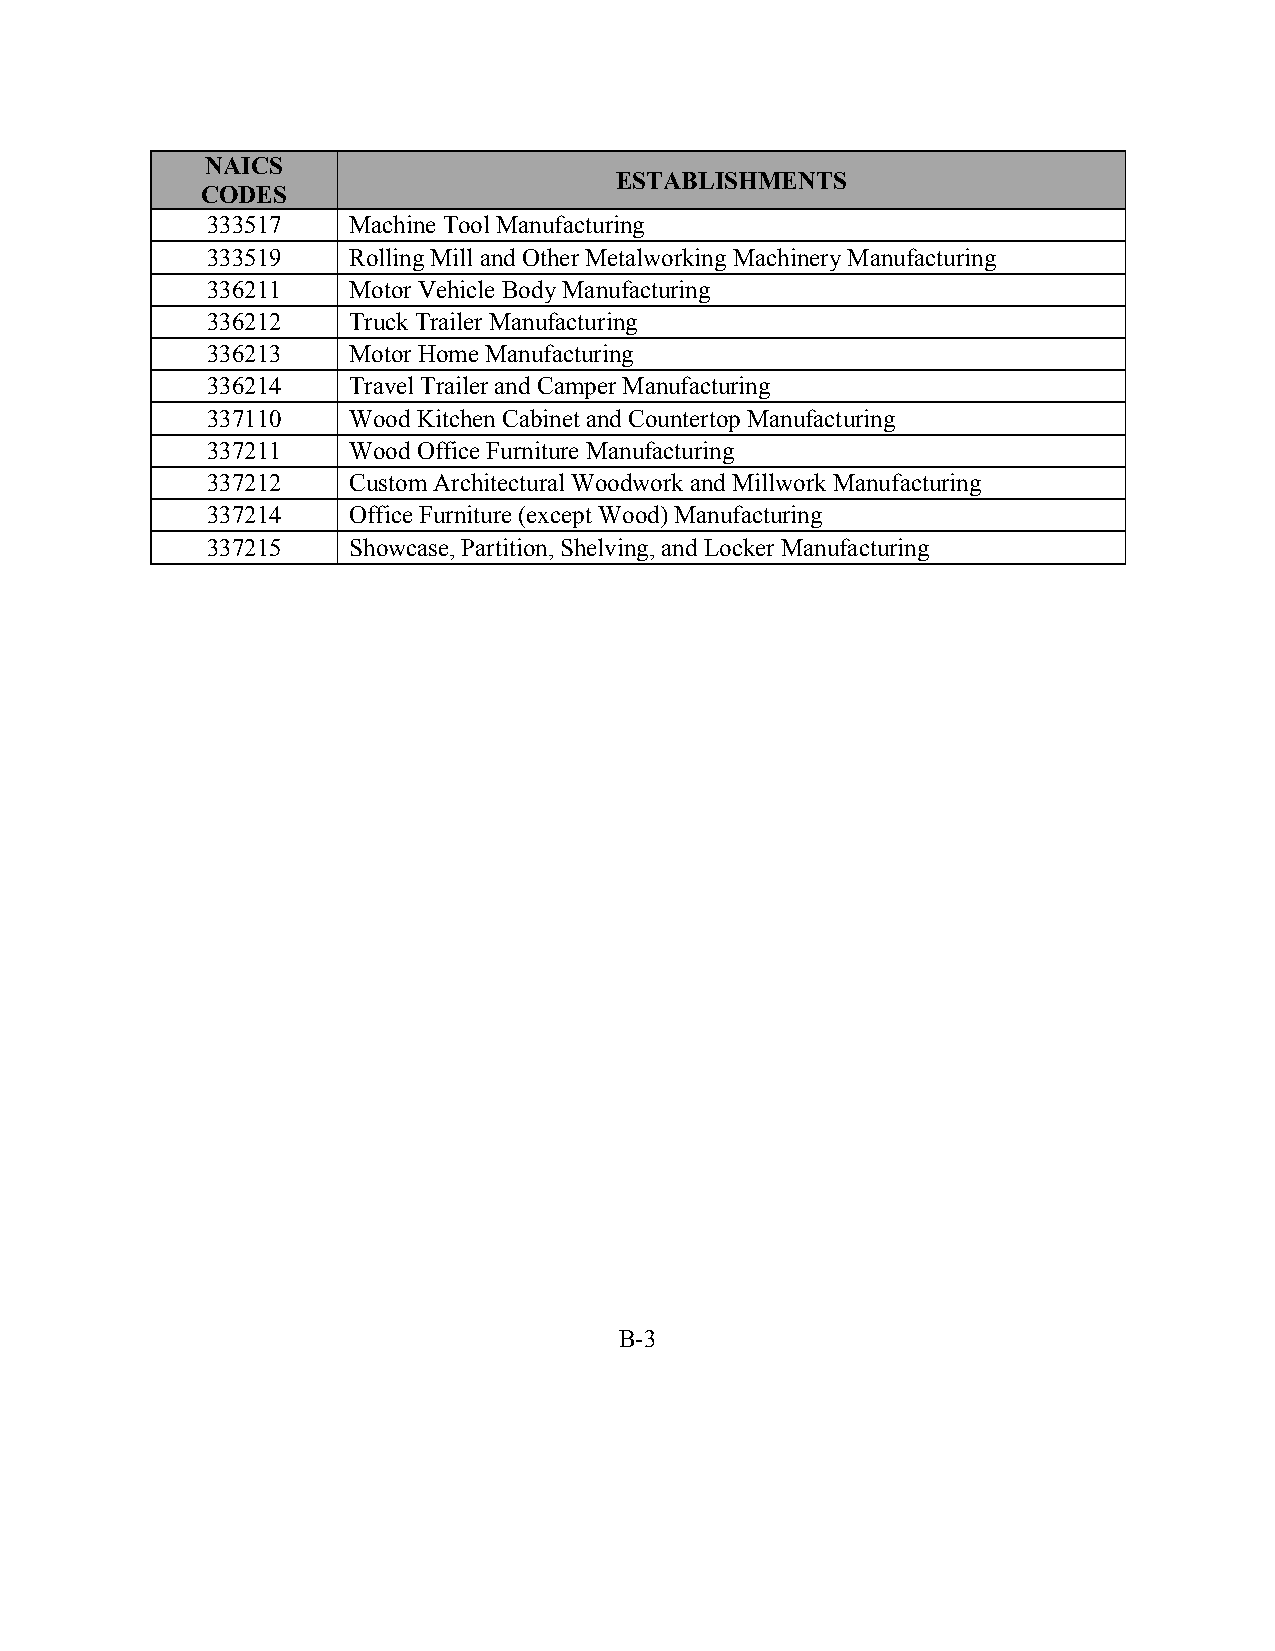
NAICS
 ESTABLISHMENTS
 CODES
 333517   Machine Tool Manufacturing
 333519   Rolling Mill and Other Metalworking Machinery Manufacturing
 336211   Motor Vehicle Body Manufacturing
 336212   Truck Trailer Manufacturing
 336213   Motor Home Manufacturing
 336214   Travel Trailer and Camper Manufacturing
 337110   Wood Kitchen Cabinet and Countertop Manufacturing
 337211   Wood Office Furniture Manufacturing
 337212   Custom Architectural Woodwork and Millwork Manufacturing
 337214   Office Furniture (except Wood) Manufacturing
 337215   Showcase, Partition, Shelving, and Locker Manufacturing
 B-3